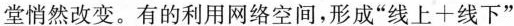
堂悄然改变。有的利用网络空间，形成”线上+线下”